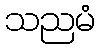
သညမံ